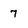
Character: 7